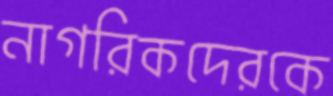
নাগরিকদেরকে